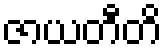
ဇာယတီတိ